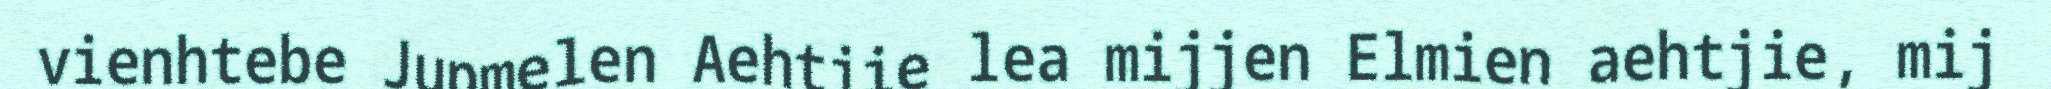
vienhtebe Jupmelen Aehtjie lea mijjen Elmien aehtjie, mij